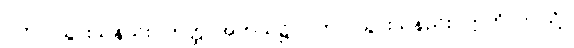
ဂတာ၊ သွားသနည်း။ ကတ္ထ၊ အဘယ်၌။ ဂတာ၊ သွားသနည်း။ ဣတိ၊ ဤသို့။